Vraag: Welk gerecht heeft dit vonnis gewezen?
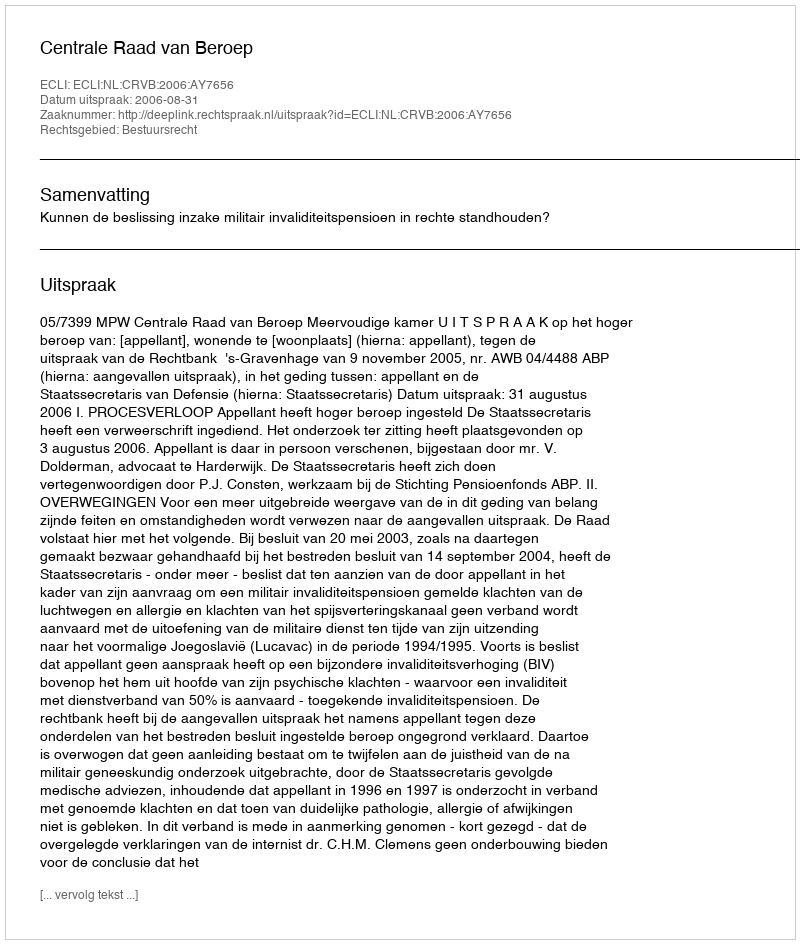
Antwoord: Centrale Raad van Beroep